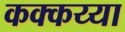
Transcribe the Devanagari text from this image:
कक्कय्या